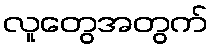
လူတွေအတွက်